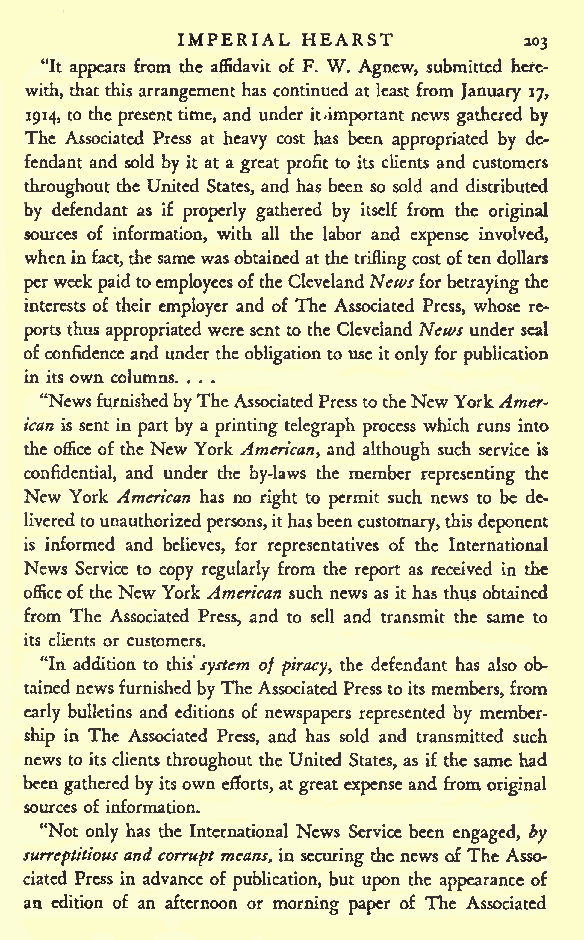
IMPERIAL HEARST
 203
 "It appears from the affidavit of F. W. Agnew, submitted here-
 with, that this arrangement has continued at least from January 17,
 1914, to the present time, and under it.important news gathered by
 The Associated Press at heavy cost has been appropriated by de-
 fendant and sold by it at a great profit to its clients and customers
 throughout the United States, and has been so sold and distributed
 by defendant as if properly gathered by itself from the original
 sources of information, with all the labor and expense involved,
 wheninfact,thesamewasobtained atthe triflingcostoften dollars
 perweek paidtoemployeesofthe Cleveland Newsfor betrayingthe
 interests of their employer and of The Associated Press, whose re-
 portsthus appropriated were sent to the Cleveland News under seal
 ofconfidenceand under the obligation to use itonly for publication
 in its own columns. . . .
 "NewsfqrnishedbyTheAssociatedPresstotheNewYorkAmer-
 ican is sent in part by a printing telegraph process which runs into
 the office of the New York American, and although such service is
 confidential, and under the by-laws the member representing the
 New York American has no right to permit such news to be de-
 liveredtounauthorized persons,ithasbeencustomary,this deponent
 is informed and believes, for representatives of the International
 News Service to copy regularly from the report as received in the
 officeof the New York American such news as it has thus obtained
 from The Associated Press, and to sell and transmit the same to
 its clients or customers.
 "In addition to this system of piracy, the defendant has also ob-
 tainednewsfurnishedbyTheAssociated Press to its members, from
 early bulletins and editions of newspapers represented by member-
 ship in The Associated Press, and has sold and transmitted such
 news to itsclients throughout the United States, as if the same had
 been gathered by itsown efforts, at great expense and from original
 sources of information.
 "Not only has the International News Service been engaged, by
 surreptitiousand corrupt means, in securing the news of The Asso-
 ciated Press in advance of publication, but upon the appearance of
 an edition of an afternoon or morning paper of The Associated